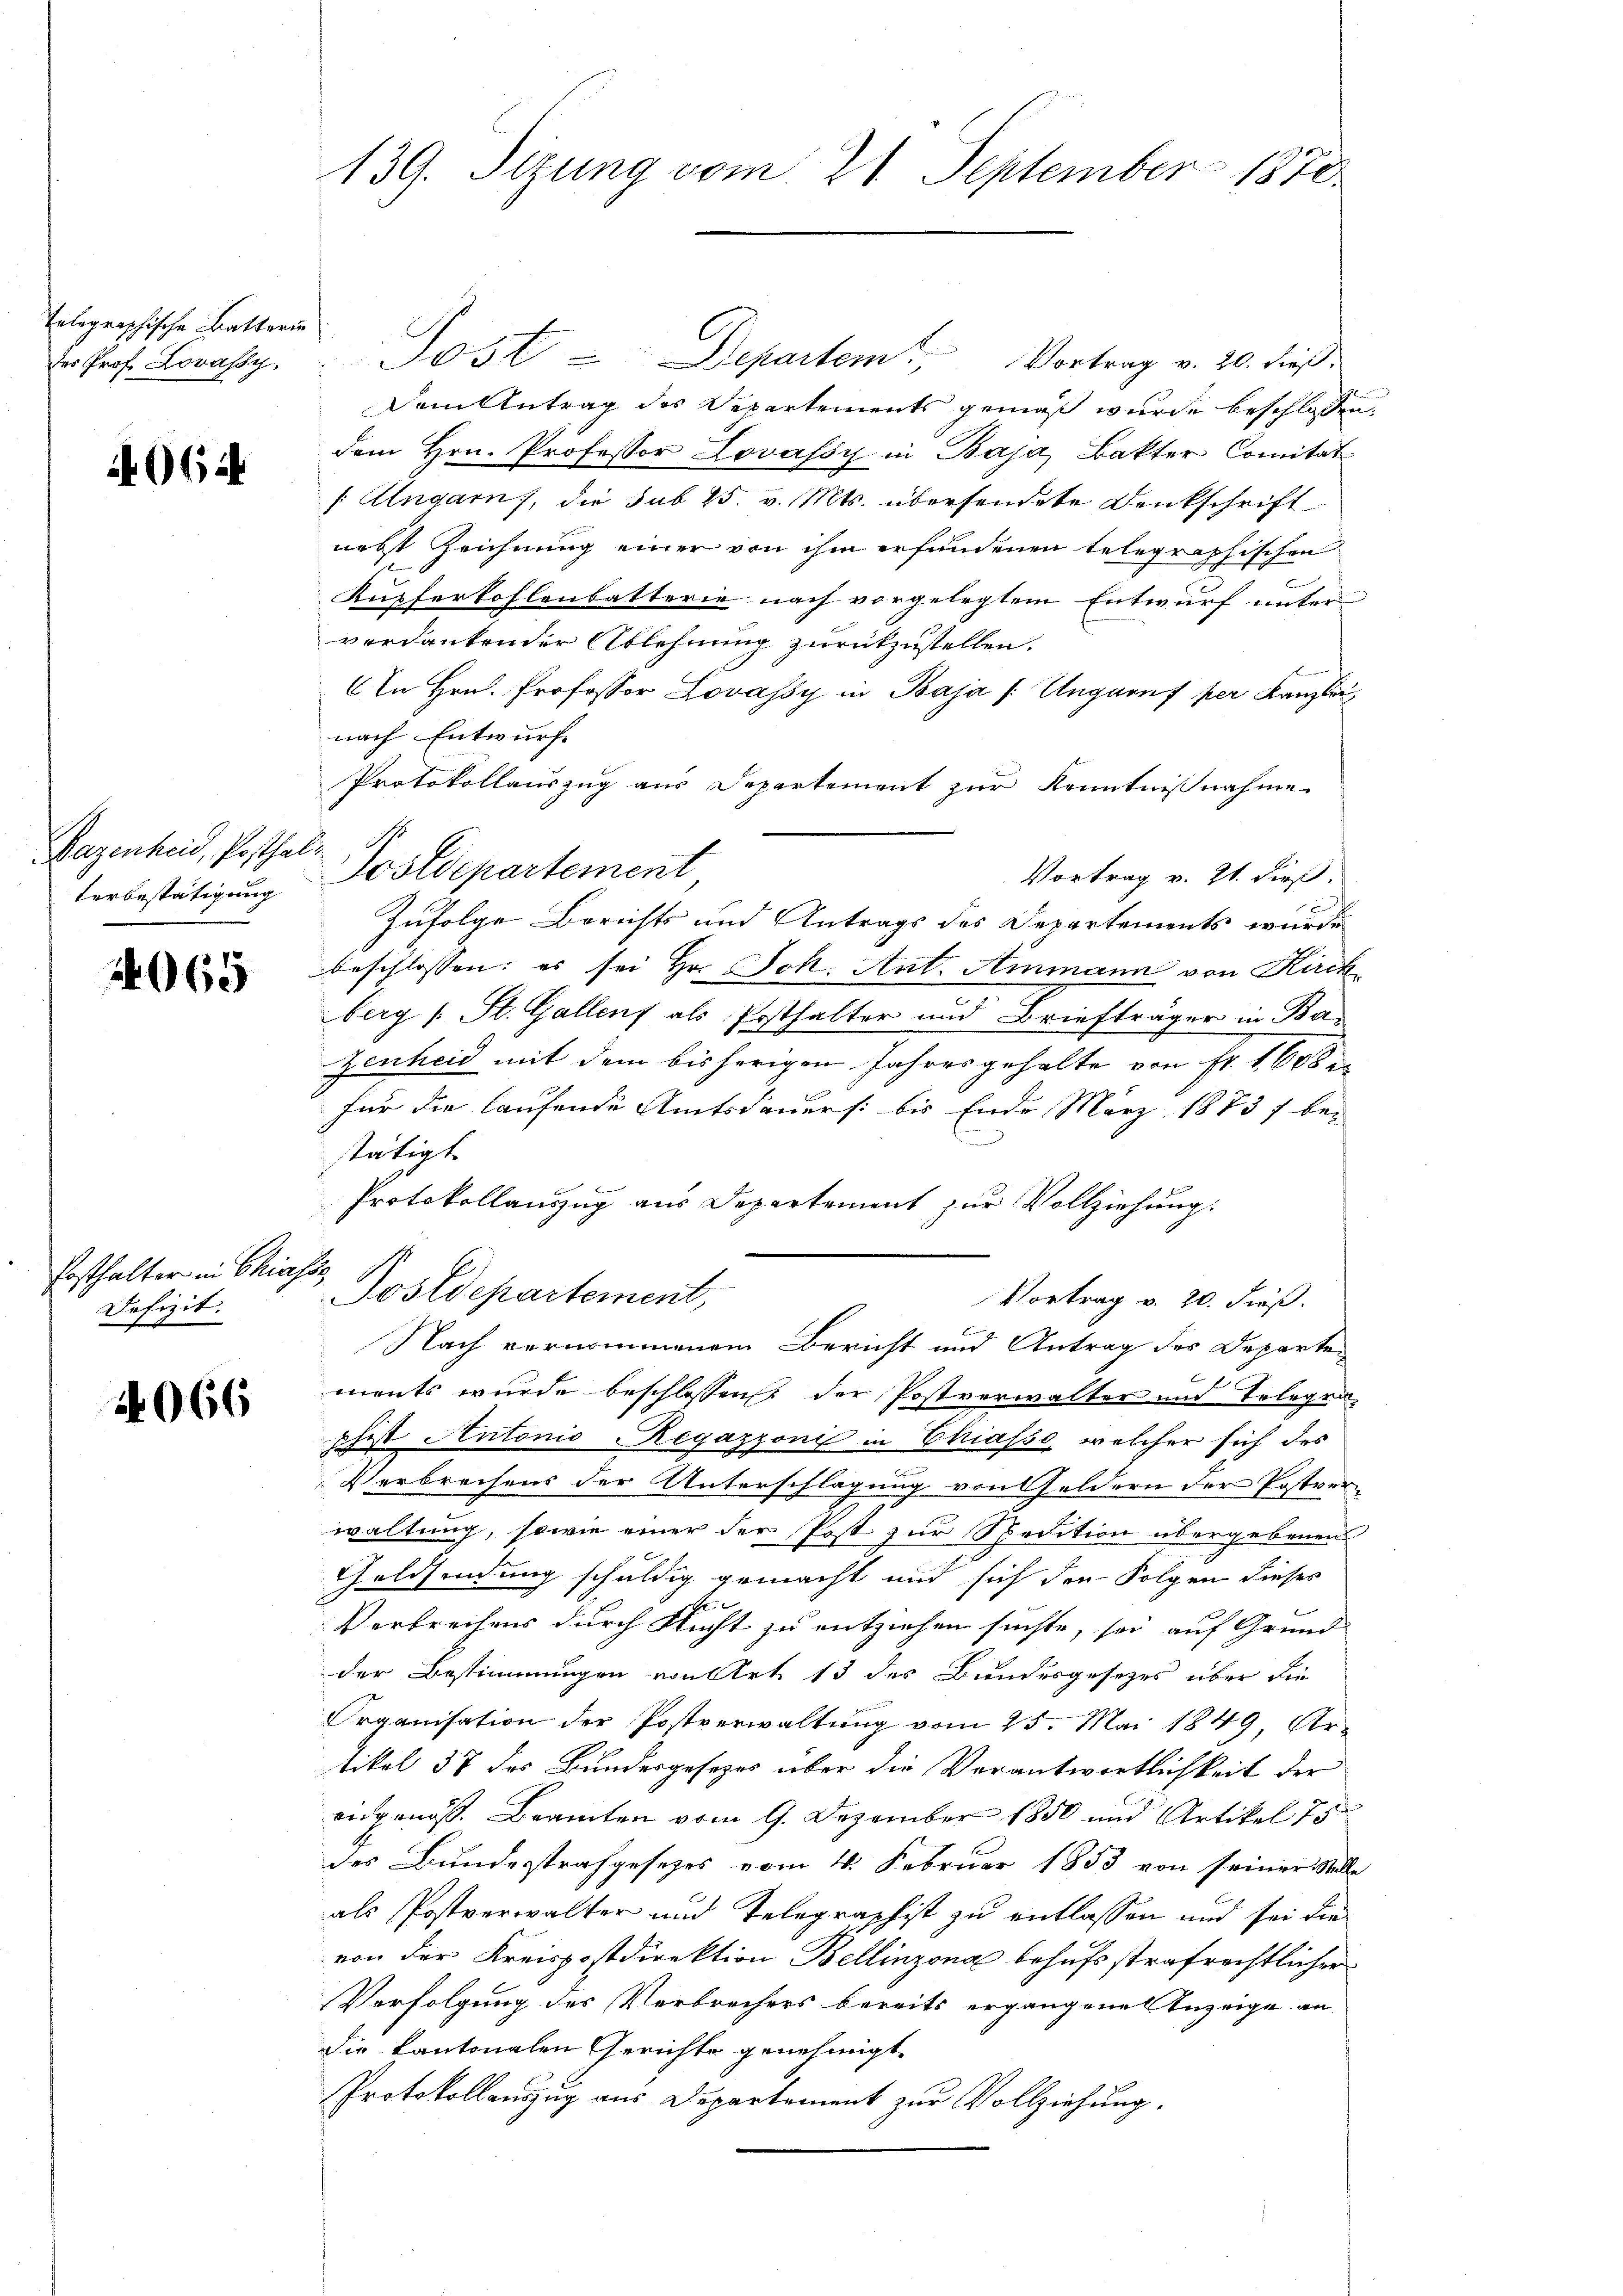
Telegraphische Batterin
des Prof. Lorassy

4064

Bazenheid, Posthal

Posthalter in Chiasss
Defizit.

4066

Post - Departem Vortrag v. 20. dieß
Dem Antrag des Departements gemäß wurde beschlossen.
dem Hrn. Professor Lovassy in Baja, Bakter Comitat
/Ungarn, die sub 25 v. Mts. übersendete Denkschrift
nebst Zeichnung einer von ihm erfundenen telegraphischen
Kupferkohlenbatterie nach vorgelegtem Entwurf unter
verdankender Ablehnung zurückzustellen.
In Hrn. Professor Lovassy in Baja /: Ungarnf per Kanzlei
nach Entwurf
Protokollauszug aus Departement zur Kenntnisnahme
Vortrag v. 21. dieß.
terbestätigung Postdepartement,
Zufolge Berichts und Antrags des Departements wurde
 beschlossen; es sei Hr. Joh. Ant. Ammann von Kirch
berg (: St. Gallenf als Posthalter und Briefträger in Ba
Zenheid mit dem bisherigen Jahresgehalte von Fr. 1608
für die laufende Amtsdauers: bis Ende März 1873 f ben
stätigt.
Protokollauszug aus Departement zur Vollziehung.
Postdepartement,
Vortrag v. 20. dieß.
Nach vernommenem Bericht und Antrag des Departements wurde beschlossens der Postverwalter und Telegraphist Antonio Regazzoni in Chiasso, welcher sich des
Verbrechens der Unterschlagung von Geldern der Postverwaltung, sowie einer der Post zur Spedition übergebenen
Geldsendung schuldig gemacht und sich den Folgen dieses
Verbrechens durch Nicht zu entziehen suchte, sei auf Grund-
der Bestimmungen von Art 13 des Bundesgesetzes über die
Organisation der Postverwaltung vom 25. Mai 1849, Ar-
tikel 37 des Bundesgesezes über die Verantwortlichkeit der
eidgenoss. Beamten vom 9. Dezember 1850 und Artikel 75
des Bundesstrafgesetzes vom 4. Februar 1853 von seiner Stelle
als Postverwalter und Telegraphist zu entlassen und sei die
von der Kreispostdirektion Bellinzona behufs strafrechtlicher
Verfolgung des Verbrechers bereits ergangene Anzeige an
die kantonalen Gerichte genehmigt.
Protokollauszug aus Departement zur Vollziehung.

139. Sitzung vom 21. September 1870.